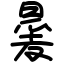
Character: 㬊